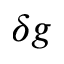
\delta g